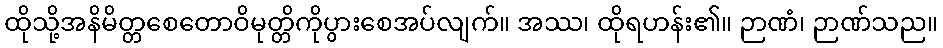
ထိုသို့အနိမိတ္တစေတောဝိမုတ္တိကိုပွားစေအပ်လျက်။ အဿ၊ ထိုရဟန်း၏။ ဉာဏံ၊ ဉာဏ်သည။